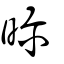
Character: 昣